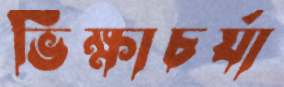
ভিক্ষাচর্যা